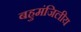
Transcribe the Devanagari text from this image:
बहुमंजिलीय